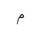
Letter: _mim